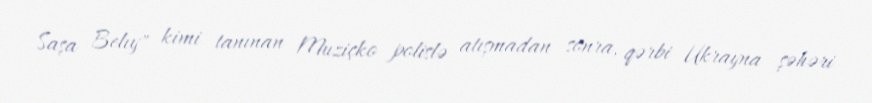
Saşa Belıy" kimi tanınan Muziçko polislə atışmadan sonra, qərbi Ukrayna şəhəri